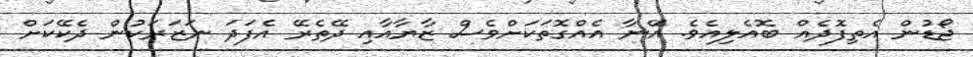
ޖޯޑުން އެތިފޮދެއް ބޮއެލިއެވެ. އޭނާ އެއްގޮތަކަށްވެސް ޒާޔާއާއި ދޭތެރޭ އެފަދަ ނަޒަރަކުން ދެކޭކަށް